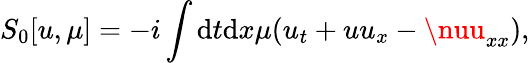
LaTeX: S_{0}[u,\mu]=-i\int\mathrm{d}t\mathrm{d}x\mu(u_{t}+uu_{x}-\nuu_{xx}),